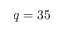
q = 3 5